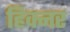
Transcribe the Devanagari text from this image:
हिक्नर